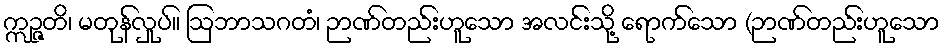
ဣဉ္ဇတိ၊ မတုန်လှုပ်။ ဩဘာသဂတံ၊ ဉာဏ်တည်းဟူသော အလင်းသို့ ရောက်သော (ဉာဏ်တည်းဟူသော